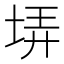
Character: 𡋱